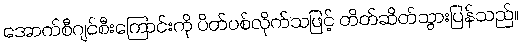
အောက်စီဂျင်စီးကြောင်းကို ပိတ်ပစ်လိုက်သဖြင့် တိတ်ဆိတ်သွားပြန်သည်။